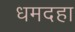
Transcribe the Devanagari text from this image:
धमदहा